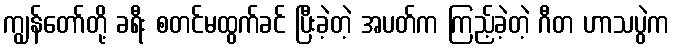
ကျွန်တော်တို့ ခရီး စတင်မထွက်ခင် ပြီးခဲ့တဲ့ အပတ်က ကြည့်ခဲ့တဲ့ ဂီတ ဟာသပွဲက